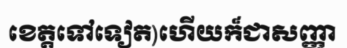
ខេត្តទៅទៀត)ហើយក៏ជាសញ្ញា